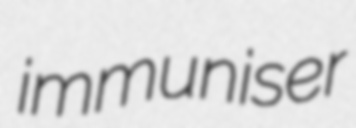
immuniser